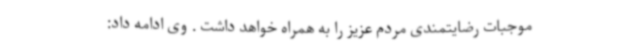
موجبات رضایتمندی مردم عزیز را به همراه خواهد داشت . وی ادامه داد: